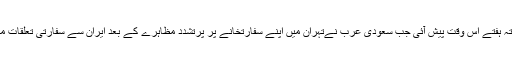
یہ صورتحال گزشتہ ہفتے اس وقت پیش آئی جب سعودی عرب نےتہران میں اپنے سفارتخانے پر پرتشدد مظاہرے کے بعد ایران سے سفارتی تعلقات منقطع کرلئے تھے۔